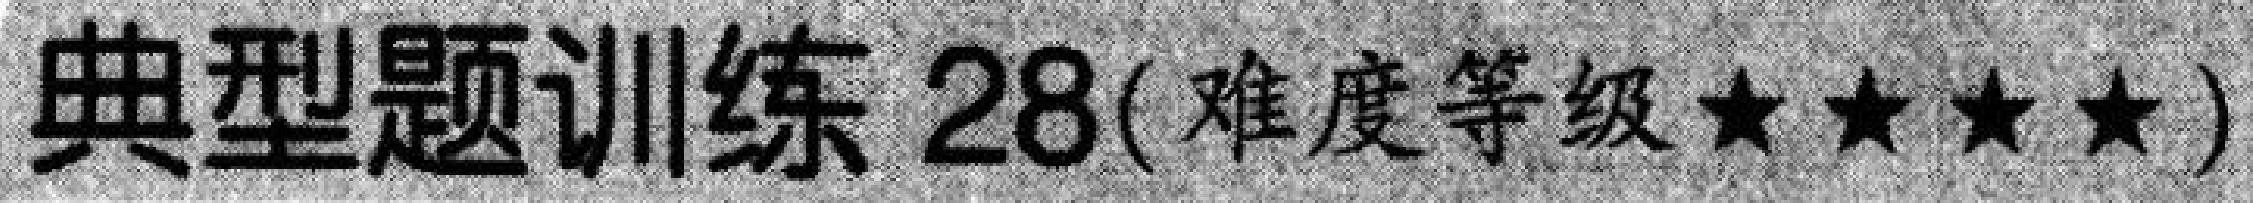
典型题训练 28(难度等级★★★★)